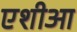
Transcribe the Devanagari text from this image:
एशीआ